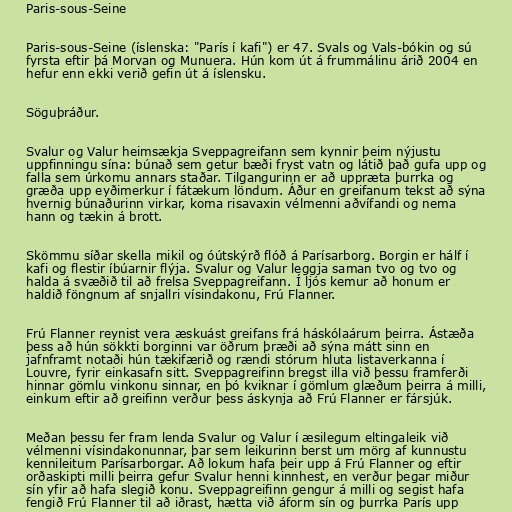
Paris-sous-Seine

Paris-sous-Seine (íslenska: "París í kafi") er 47. Svals og Vals-bókin og sú
fyrsta eftir þá Morvan og Munuera. Hún kom út á frummálinu árið 2004 en
hefur enn ekki verið gefin út á íslensku.

Söguþráður.

Svalur og Valur heimsækja Sveppagreifann sem kynnir þeim nýjustu
uppfinningu sína: búnað sem getur bæði fryst vatn og látið það gufa upp og
falla sem úrkomu annars staðar. Tilgangurinn er að uppræta þurrka og
græða upp eyðimerkur í fátækum löndum. Áður en greifanum tekst að sýna
hvernig búnaðurinn virkar, koma risavaxin vélmenni aðvífandi og nema
hann og tækin á brott.

Skömmu síðar skella mikil og óútskýrð flóð á Parísarborg. Borgin er hálf í
kafi og flestir íbúarnir flýja. Svalur og Valur leggja saman tvo og tvo og
halda á svæðið til að frelsa Sveppagreifann. Í ljós kemur að honum er
haldið föngnum af snjallri vísindakonu, Frú Flanner.

Frú Flanner reynist vera æskuást greifans frá háskólaárum þeirra. Ástæða
þess að hún sökkti borginni var öðrum þræði að sýna mátt sinn en
jafnframt notaði hún tækifærið og rændi stórum hluta listaverkanna í
Louvre, fyrir einkasafn sitt. Sveppagreifinn bregst illa við þessu framferði
hinnar gömlu vinkonu sinnar, en þó kviknar í gömlum glæðum þeirra á milli,
einkum eftir að greifinn verður þess áskynja að Frú Flanner er fársjúk.

Meðan þessu fer fram lenda Svalur og Valur í æsilegum eltingaleik við
vélmenni vísindakonunnar, þar sem leikurinn berst um mörg af kunnustu
kennileitum Parísarborgar. Að lokum hafa þeir upp á Frú Flanner og eftir
orðaskipti milli þeirra gefur Svalur henni kinnhest, en verður þegar miður
sín yfir að hafa slegið konu. Sveppagreifinn gengur á milli og segist hafa
fengið Frú Flanner til að iðrast, hætta við áform sín og þurrka París upp